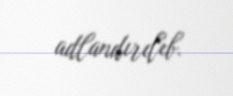
adlandırılıb.